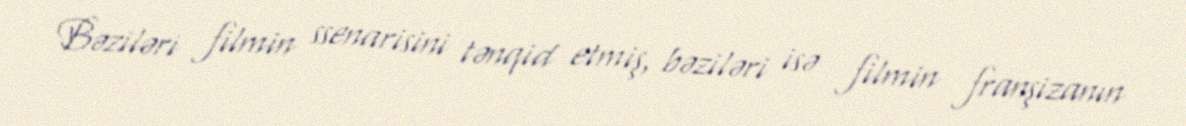
Bəziləri filmin ssenarisini tənqid etmiş, bəziləri isə filmin franşizanın